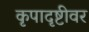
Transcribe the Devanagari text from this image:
कृपादृष्टीवर